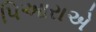
પિઆરાએ